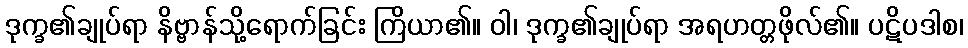
ဒုက္ခ၏ချုပ်ရာ နိဗ္ဗာန်သို့ရောက်ခြင်း ကြိယာ၏။ ဝါ၊ ဒုက္ခ၏ချုပ်ရာ အရဟတ္တဖိုလ်၏။ ပဋိပဒါစ၊